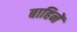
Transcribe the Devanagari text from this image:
बाहिनें